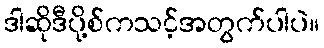
ဒါဆိုဒီပို့စ်ကသင့်အတွက်ပါပဲ။